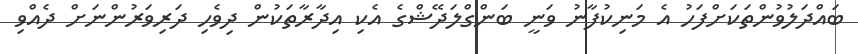
ބައްދަލުވުންތަކަށްފަހު އެ މަނިކުފާނު ވަނީ ބަންގްލަދޭޝްގެ އެކި އިދާރާތަކުން ދިވެހި ދަރިވަރުންނަށް ދެއްވި